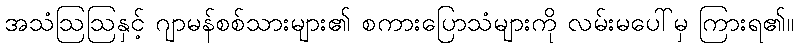
အသံဩဩနှင့် ဂျာမန်စစ်သားများ၏ စကားပြောသံများကို လမ်းမပေါ်မှ ကြားရ၏။